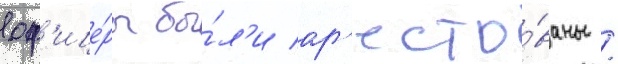
оф'ице́ры бы́л'и ар'есто́ваны /